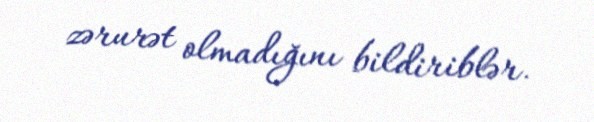
zərurət olmadığını bildiriblər.